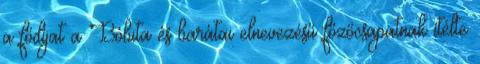
a fődíjat a Bóbita és barátai elnevezésű főzőcsapatnak ítélte